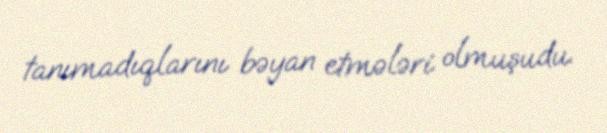
tanımadıqlarını bəyan etmələri olmuşudu.